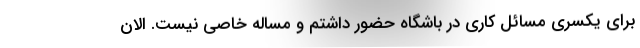
برای یکسری مسائل کاری در باشگاه حضور داشتم و مساله خاصی نیست. الان